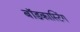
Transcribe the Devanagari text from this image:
बॉडकास्टिंग